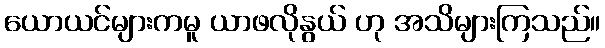
ယောယင်များကမူ ယာဖလိုနွယ် ဟု အသိများကြသည်။